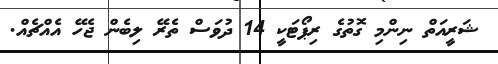
ޝަރީއަތް ނިންމި ގޮތުގެ ރިޕޯޓަކީ 14 ދުވަސް ތެރޭ ލިބެން ޖެހޭ އެއްޗެއް.